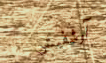
آوشفيتس